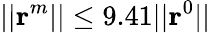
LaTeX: ||\textrm{\textbf{r}}^{m}||\leq 9.41||\textrm{\textbf{r}}^{0}||